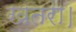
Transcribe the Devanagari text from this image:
खतरा।